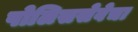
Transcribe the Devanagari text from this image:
पोलिससेवेचा